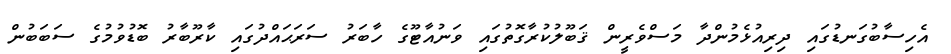
އެހިސާބުގަނޑުގައި ދިރިއުޅެމުންދާ މަސްވެރީން ޤަބޫލުކުރާގޮތުގައި ވަނުއާޓޫގެ ހާބަރު ސަރަޙައްދުގައި ކާރޫބާރު ބޮޑުވުމުގެ ސަބަބުން